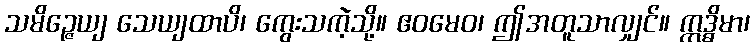
သမိဉ္ဇေယျ သေယျထာပိ၊ ကွေးသကဲ့သို့။ ဧဝမေဝ၊ ဤအတူသာလျှင်။ ဣဒ္ဓိမာ၊